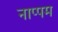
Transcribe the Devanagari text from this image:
नाप्पम